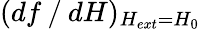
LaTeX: (df⁄dH)_{H_{ext}=H_{0}}